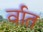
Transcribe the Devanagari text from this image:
र्वात